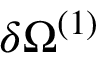
\delta \Omega ^ { ( 1 ) }